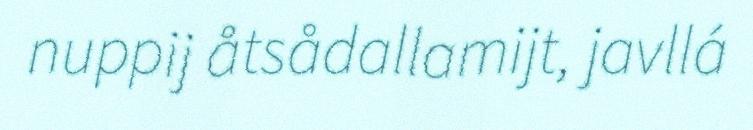
nuppij åtsådallamijt, javllá